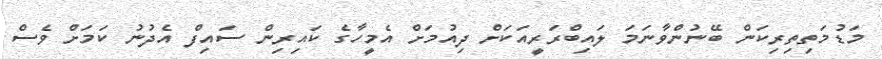
މަޑުމަތިތިރިކަން ބޭނުންވާނަމަ ލައިބްރަރީއަކަށް ދިއުމަށް އެމީހާގެ ކައިރިން ސައިފް އެދުނު ކަމަށް ވެސް